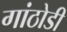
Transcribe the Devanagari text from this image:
गांठोडी